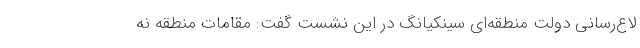
لاع‌رسانی دولت منطقه‌ای سینکیانگ در این نشست گفت: مقامات منطقه نه